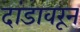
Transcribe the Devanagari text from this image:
दांडावरून